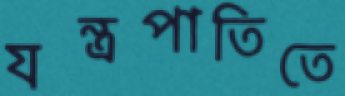
যন্ত্রপাতিতে